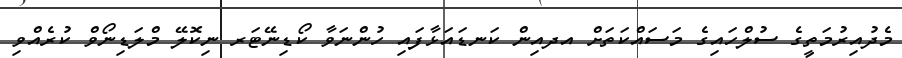
މެދުއިރުމަތީގެ ސުލްހައިގެ މަސައްކަތަށް އދއިން ކަނޑައަޅާފައި ހުންނަވާ ކޯޑިނޭޓަރ ނިކޮލޭ މްލަޑިނޯވް ކުރެއްވި